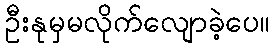
ဦးနုမှမလိုက်လျောခဲ့ပေ။